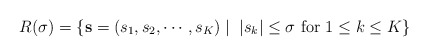
\begin{align*}R(\sigma)=\{\mathbf{s}=(s_{1},s_{2},\cdots,s_{K})\mid\;|s_{k}|\le\sigma\mbox{ for $1\le k\le K$}\}\end{align*}